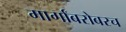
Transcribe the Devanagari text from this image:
मार्गांबरोबरच